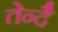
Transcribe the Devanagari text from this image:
तेन्दै